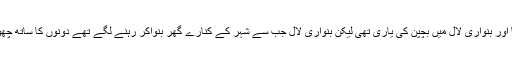
جھنکو چاچا اور بنواری لال میں بچپن کی یاری تھی لیکن بنواری لال جب سے شہر کے کنارے گھر بنواکر رہنے لگے تھے دونوں کا ساتھ چھوٹ گیا تھا ۔